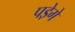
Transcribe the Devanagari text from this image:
पडे़गे